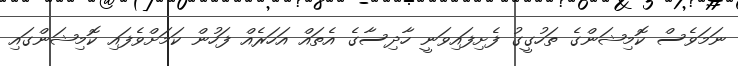
ނަމަވެސް ކޮމިޝަންގެ ތަހުގީގު ފެށިފައިވަނީ ހާދިސާގެ އެތައް އަހަރެއް ފަހުން ކަމަށްވެފައި ކޮމިޝަންގައި